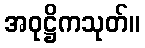
အဝုဋ္ဌိကသုတ်။